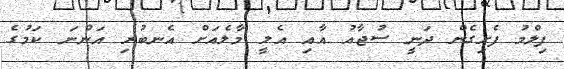
ފިލްމު ފެށިގެން ދަނީ ސުޖާއު އާއި އެލީ މާލެއަށް އެނބުރި އަންނަ ކަމުގެ